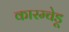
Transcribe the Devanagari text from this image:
कारम्चेडू